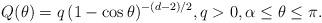
LaTeX: \begin{align*}Q(\theta) = q\,(1-\cos\theta)^{-(d-2)/2}, q>0, \alpha \leq \theta \leq \pi.\end{align*}